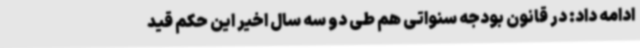
ادامه داد: در قانون بودجه سنواتی هم طی دو سه سال اخیر این حکم قید